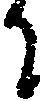
に